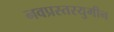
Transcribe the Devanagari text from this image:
नवप्रस्तरयुगीन